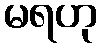
မရဟု